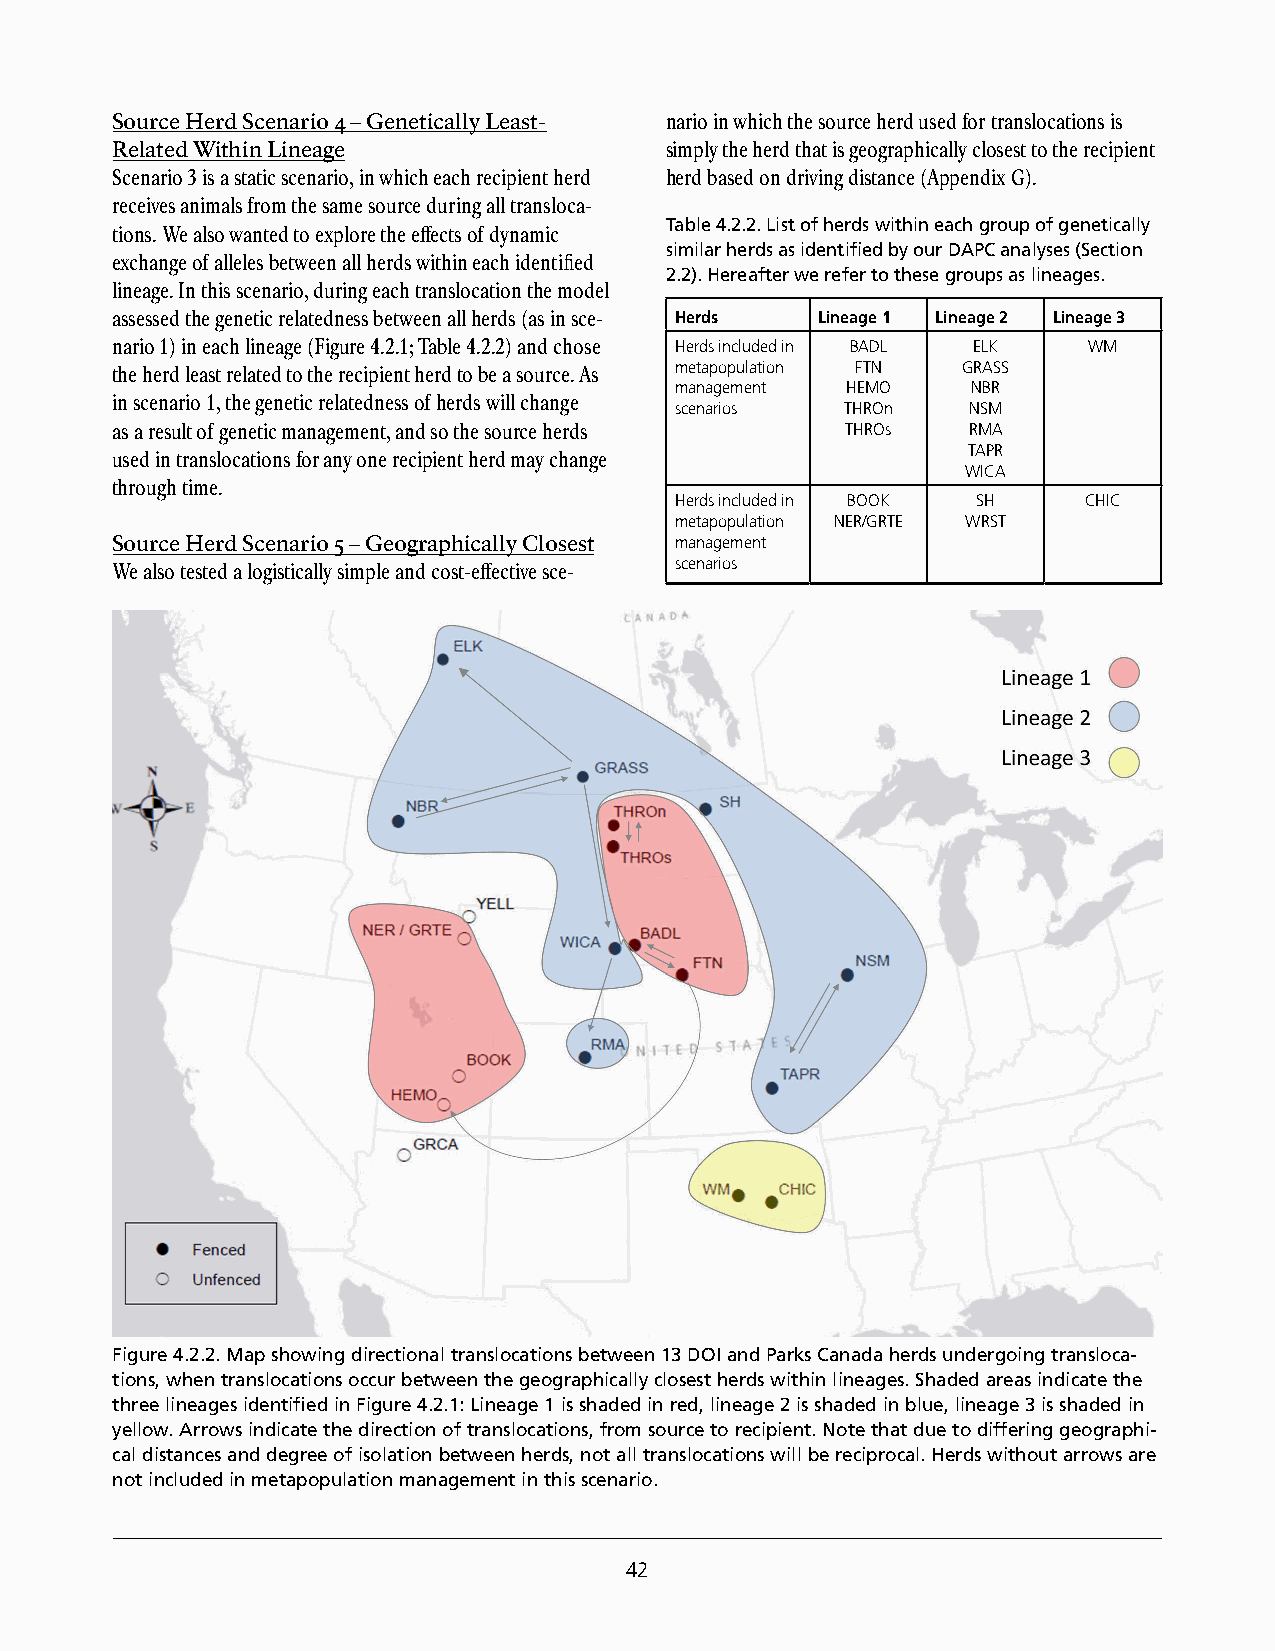
Source Herd Scenario 4 – Genetically Least- nario in which the source herd used for translocations is
 Related Within Lineage               simply the herd that is geographically closest to the recipient
 Scenario 3 is a static scenario, in which each recipient herd herd based on driving distance (Appendix G).
 receives animals from the same source during all transloca-
 Table 4.2.2. List of herds within each group of genetically
 tions. We also wanted to explore the effects of dynamic
 similar herds as identified by our DAPC analyses (Section
 exchange of alleles between all herds within each identified
 2.2). Hereafter we refer to these groups as lineages.
 lineage. In this scenario, during each translocation the model
 assessed the genetic relatedness between all herds (as in sce- Herds Lineage 1 Lineage 2 Lineage 3
 nario 1) in each lineage (Figure 4.2.1; Table 4.2.2) and chose Herds included in BADL ELK WM
 the herd least related to the recipient herd to be a source. As metapopulation FTN GRASS
 management HEMO    NBR
 in scenario 1, the genetic relatedness of herds will change
 scenarios  THROn   NSM
 as a result of genetic management, and so the source herds THROs RMA
 TAPR
 used in translocations for any one recipient herd may change
 WICA
 through time.
 Herds included in BOOK SH  CHIC
 metapopulation NER/GRTE WRST
 Source Herd Scenario 5 – Geographically Closest management
 scenarios
 We also tested a logistically simple and cost-effective sce-
 Figure 4.2.2. Map showing directional translocations between 13 DOI and Parks Canada herds undergoing transloca-
 tions, when translocations occur between the geographically closest herds within lineages. Shaded areas indicate the
 three lineages identified in Figure 4.2.1: Lineage 1 is shaded in red, lineage 2 is shaded in blue, lineage 3 is shaded in
 yellow. Arrows indicate the direction of translocations, from source to recipient. Note that due to differing geographi-
 cal distances and degree of isolation between herds, not all translocations will be reciprocal. Herds without arrows are
 not included in metapopulation management in this scenario.
 42